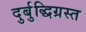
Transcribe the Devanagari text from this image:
दुर्बुद्धिग्रस्त